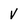
Character: V